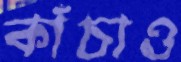
কাঁচাও